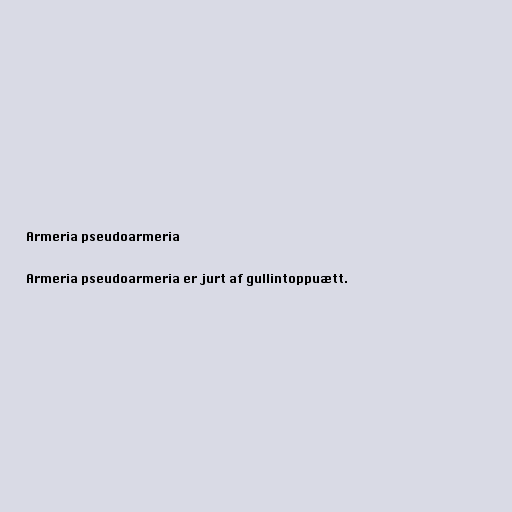
Armeria pseudoarmeria

Armeria pseudoarmeria er jurt af gullintoppuætt.